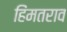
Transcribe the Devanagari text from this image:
हिंमतराव